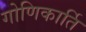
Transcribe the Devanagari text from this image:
गोणिकार्ति